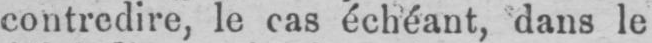
contredire, le cas échéant, dans le